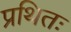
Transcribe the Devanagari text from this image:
प्रथितः